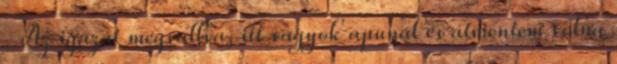
-Az igazat megvallva, itt vagyok apunál és átmentem volna